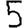
Digit: 5